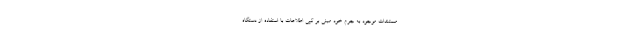
مستندات موجود به جرم خود مبنی بر کپی اطلاعات با استفاده از دستگاه